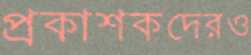
প্রকাশকদেরও